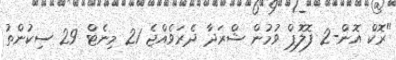
"ރޮކް އޮން-2 ފޮލޮޕް ވުމުން ޝްރަދާ ދެރަވެއްޖެ 21 މިނެޓް 29 ސިކުންތު